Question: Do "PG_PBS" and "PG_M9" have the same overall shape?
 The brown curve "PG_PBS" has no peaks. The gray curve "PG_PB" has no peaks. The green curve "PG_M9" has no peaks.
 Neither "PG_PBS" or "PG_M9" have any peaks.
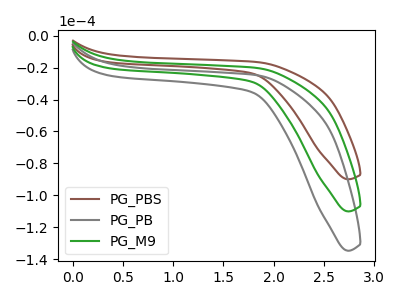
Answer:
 <answer>"PG_PBS" and "PG_M9" are similar in shape.</answer>
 <eval>same_shape</eval>